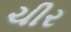
ચીર